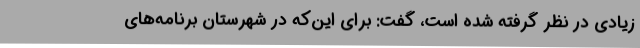
زیادی در نظر گرفته شده است، گفت: برای این‌که در شهرستان برنامه‌های